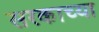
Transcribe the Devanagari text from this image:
सरकाच्या